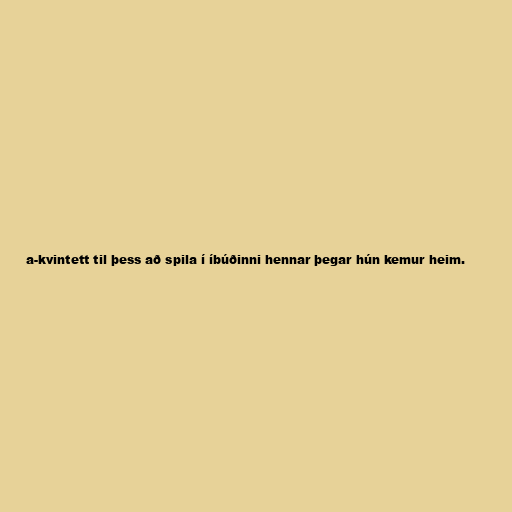
a-kvintett til þess að spila í íbúðinni hennar þegar hún kemur heim.